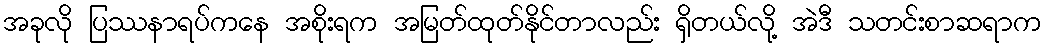
အခုလို ပြဿနာရပ်ကနေ အစိုးရက အမြတ်ထုတ်နိုင်တာလည်း ရှိတယ်လို့ အဲဒီ သတင်းစာဆရာက